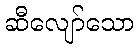
ဆီလျော်သော